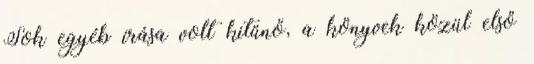
Sok egyéb írása volt kitűnő, a könyvek közül első